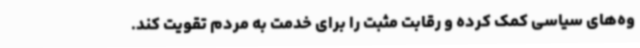
وه‌های سیاسی کمک کرده و رقابت مثبت را برای خدمت به مردم تقویت کند.